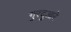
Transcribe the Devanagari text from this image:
गुरदुआरे